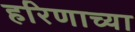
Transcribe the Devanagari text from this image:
हरिणाच्या